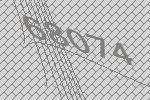
68074